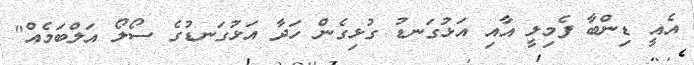
އެއީ ޑިންބާ ފެމިލީ އާއި އަޅުގަނޑު ގުޅިގެން ހަދާ އަޅުގަނޑުގެ ސޯލޯ އަލްބަމެއް"